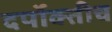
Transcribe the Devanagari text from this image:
दर्पोक्तीच